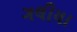
ગલીયા